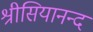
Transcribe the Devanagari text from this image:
श्रीसियानन्द